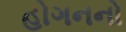
હોગનનો